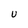
Character: U